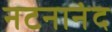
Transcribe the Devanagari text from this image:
नटनानंद